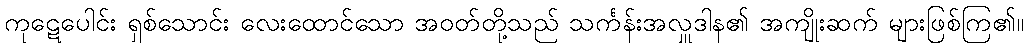
ကုဋေပေါင်း ရှစ်သောင်း လေးထောင်သော အဝတ်တို့သည် သင်္ကန်းအလှူဒါန၏ အကျိုးဆက် များဖြစ်ကြ၏။